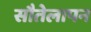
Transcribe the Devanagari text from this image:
सौतेलापन